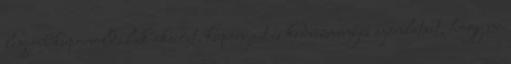
legjobb kuponoldalak akcióit, kuponjait és kedvezményes ajánlatait, hogy ne